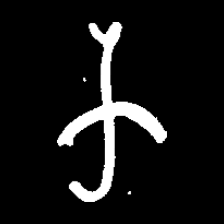
Pyu character \u2014 Myanmar letter: က (romanized: ka)